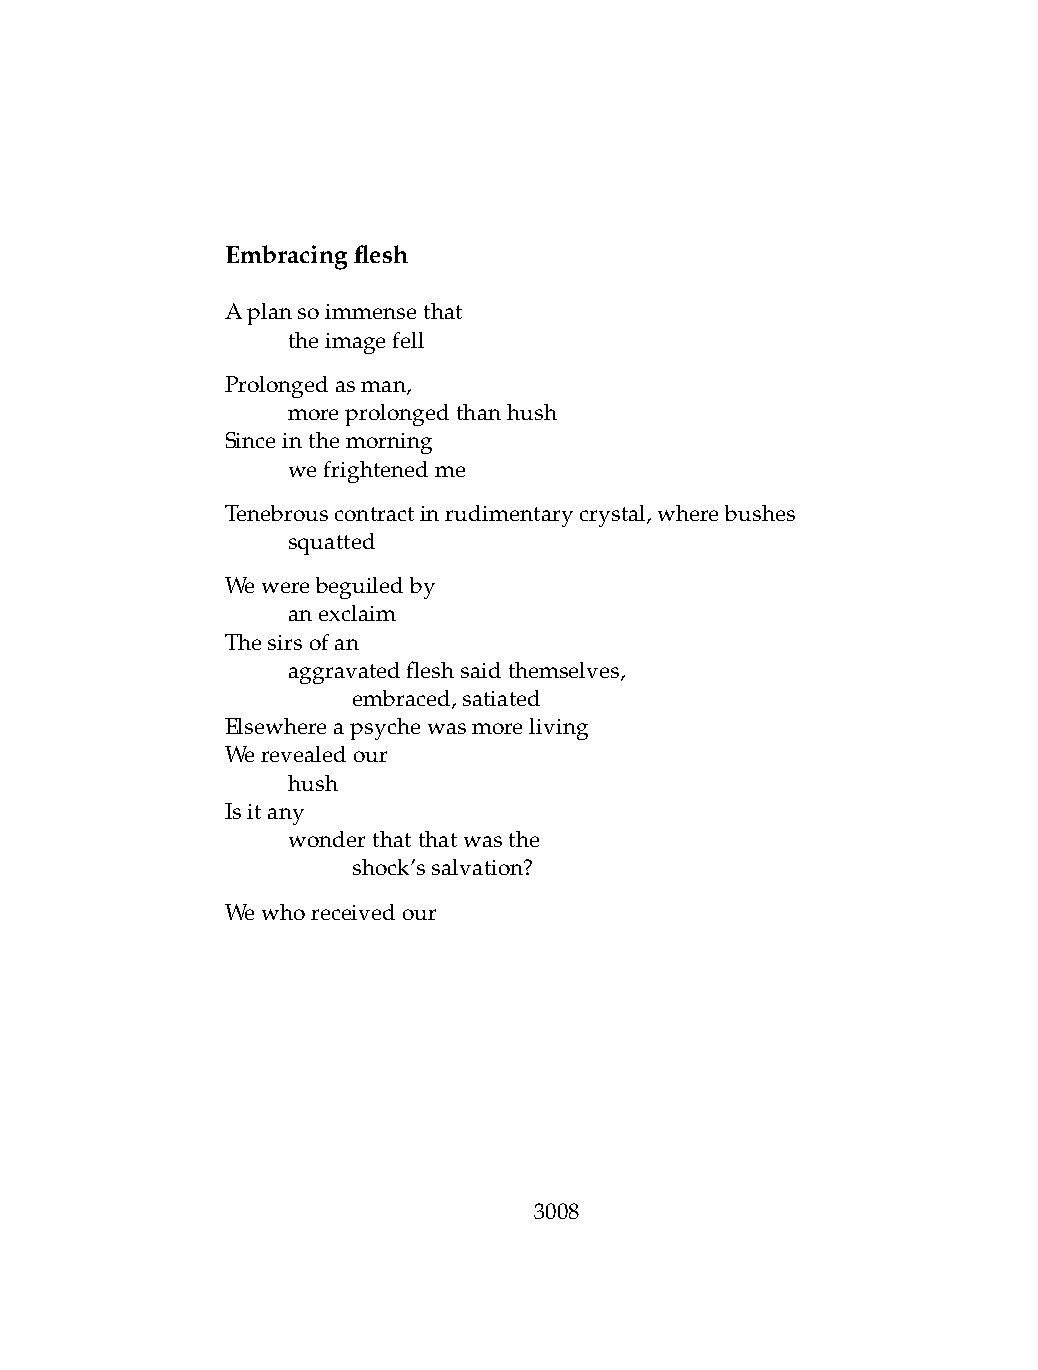
Embracingflesh
 Aplansoimmensethat
 .   theimagefell
 Prolongedasman,
 .   moreprolongedthanhush
 Sinceinthemorning
 .   wefrightenedme
 Tenebrouscontractinrudimentarycrystal,wherebushes
 .   squatted
 Wewerebeguiledby
 .   anexclaim
 Thesirsofan
 .   aggravatedfleshsaidthemselves,
 .   .   embraced,satiated
 Elsewhereapsychewasmoreliving
 Werevealedour
 .   hush
 Isitany
 .   wonderthatthatwasthe
 .   .   shock’ssalvation?
 Wewhoreceivedour
 3008